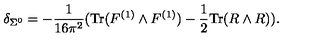
\delta _ { \Sigma ^ { 0 } } = - \frac { 1 } { 1 6 \pi ^ { 2 } } ( \mathrm { T r } ( F ^ { ( 1 ) } \wedge F ^ { ( 1 ) } ) - \frac { 1 } { 2 } \mathrm { T r } ( R \wedge R ) ) .